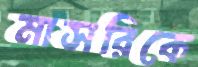
মাসরিকে